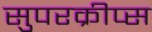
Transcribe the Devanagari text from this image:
सुपरक्रीप्स